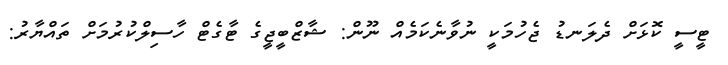
ޓީސީ ކޮޅަށް ދެލަނޑު ޖެހުމަކީ ނުވާނެކަމެއް ނޫން: ޝާޒްބީޖީގެ ޓާގެޓް ހާސިލްކުރުމަށް ތައްޔާރު: